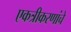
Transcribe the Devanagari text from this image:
एकत्रीकरणांचे